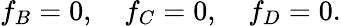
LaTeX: f_{B}=0,~~~~f_{C}=0,~~~~f_{D}=0.